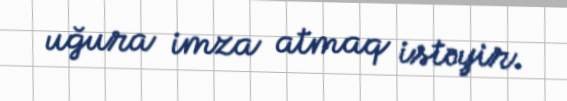
uğura imza atmaq istəyir.